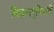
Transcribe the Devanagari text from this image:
चिकनगुनियाची